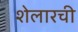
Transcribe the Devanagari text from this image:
शेलारची